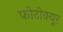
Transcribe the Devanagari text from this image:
फोटोक्यूर